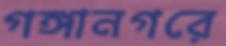
গঙ্গানগরে